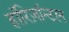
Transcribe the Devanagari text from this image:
हॉरिज़ॉन्टल